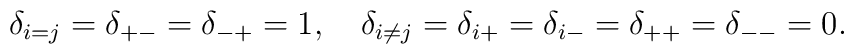
\delta_{i=j}=\delta_{+-}=\delta_{-+}=1,\quad \delta_{i\neq j}=\delta_{i+}=\delta_{i-}=\delta_{++}=\delta_{--}=0.